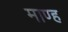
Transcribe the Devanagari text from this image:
माण्ह